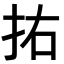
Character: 𭠗